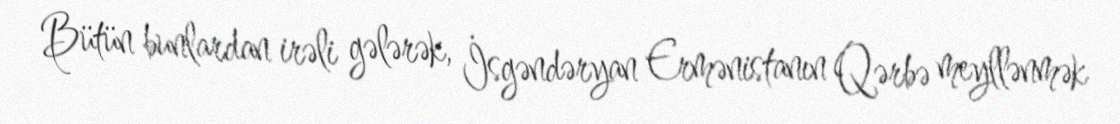
Bütün bunlardan irəli gələrək, İsgəndəryan Ermənistanın Qərbə meyllənmək